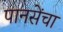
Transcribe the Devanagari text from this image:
पानसेंचा